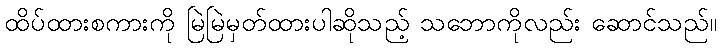
ထိပ်ထားစကားကို မြဲမြဲမှတ်ထားပါဆိုသည့် သဘောကိုလည်း ဆောင်သည်။